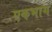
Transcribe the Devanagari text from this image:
एकभाग